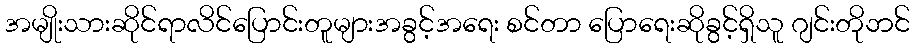
အမျိုးသားဆိုင်ရာလိင်ပြောင်းတူများအခွင့်အရေး စင်တာ ပြောရေးဆိုခွင့်ရှိသူ ဂျင်းတိုဘင်